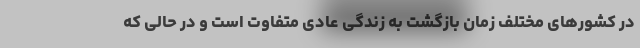
در کشورهای مختلف زمان بازگشت به زندگی عادی متفاوت است و در حالی که